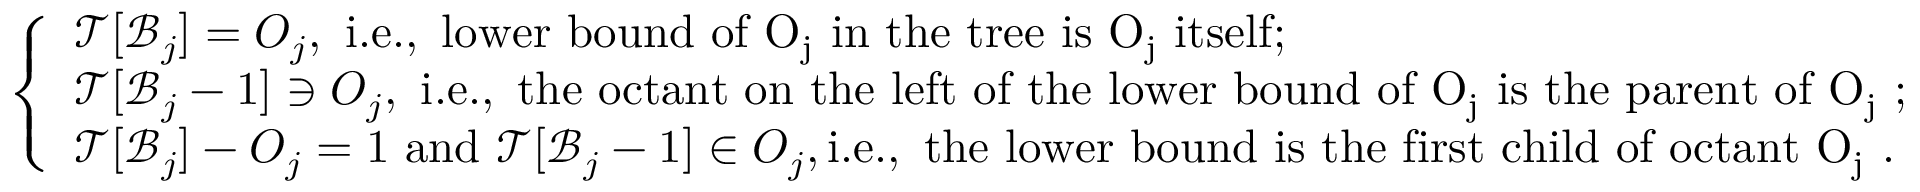
\left\{ \begin{array} { l l } { \mathcal { T } [ \mathcal { B } _ { j } ] = O _ { j } , \mathrm { ~ i . e . , ~ l o w e r ~ b o u n d ~ o f ~ O _ j ~ i n ~ t h e ~ t r e e ~ i s ~ O _ j ~ i t s e l f } ; } \\ { \mathcal { T } [ \mathcal { B } _ { j } - 1 ] \ni O _ { j } , \mathrm { ~ i . e . , ~ t h e ~ o c t a n t ~ o n ~ t h e ~ l e f t ~ o f ~ t h e ~ l o w e r ~ b o u n d ~ o f ~ O _ j ~ i s ~ t h e ~ p a r e n t ~ o f ~ O _ j ~ } ; } \\ { \mathcal { T } [ \mathcal { B } _ { j } ] - O _ { j } = 1 \ \mathrm { a n d } \ \mathcal { T } [ \mathcal { B } _ { j } - 1 ] \in O _ { j } , \mathrm { i . e . , ~ t h e ~ l o w e r ~ b o u n d ~ i s ~ t h e ~ f i r s t ~ c h i l d ~ o f ~ o c t a n t ~ O _ j ~ } . } \end{array} \right.